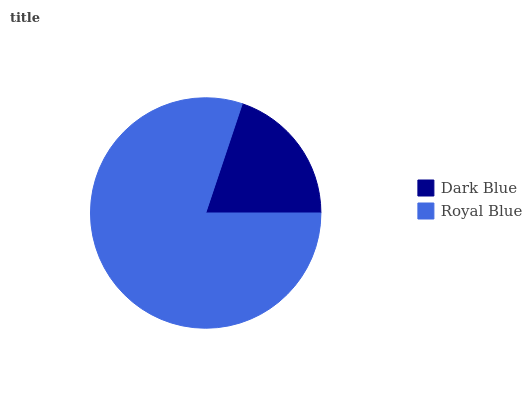
| Dark Blue | Royal Blue |
 | --- | --- |
 | 19.9% | 80.1% |